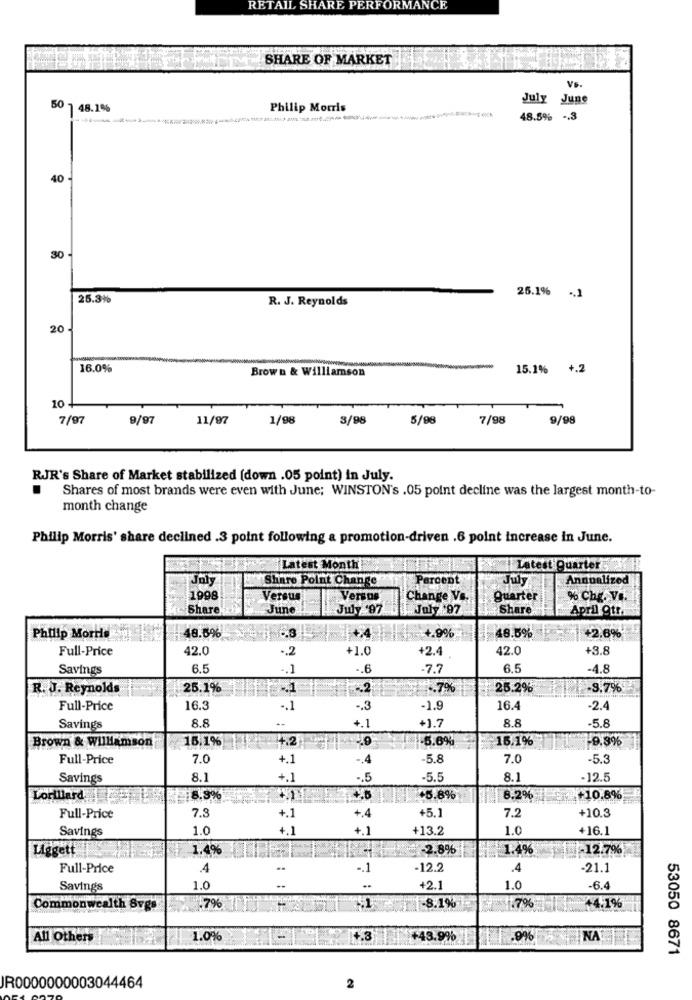
RETAIL SHARE PERFORMANCE
SHARE OF MARKET
Vs.
July June
50
48.1%
Philip Morris
-----
48.5% -. 3
40
30
25.1% ., 1
25.3%
R. J. Reynolds
20
16.0%
Brown & Williamson
15.1% +.2
10
7/97
9/97
11/97
1/98
3/98
5/98
7/98
9/98
RJR's Share of Market stabilized [down .05 point) in July.
.
Shares of most brands were even with June; WINSTON's .05 point decline was the largest month-to-
month change
Philip Morris' share declined .3 point following a promotion-driven .6 point increase in June.
Latest Month
Latest Quarter
Joly
Share Point Change
Percent
Annualized
1998
Versus
Versos
Change Vs.
Quarter
% Che. Vi.
Share
June
July '97
July 97
Share.
April Otr.
48.6%
+4
+.9%
48.5%
+2.6%
Philip Morris
Full-Price
42.0
-. 2
+1.0
+2.4
42.0
+3.8
Savings
6.5
.. 6
.7.7
6.5
-4.8
R. J. Reynolds
25.1%
-. 2
.7%
25.2%
-9,7%
Full-Price
16.3
-. 1
.. 3
-1.9
16.4
-2.4
8.8
8.8
Savings
+.1
+1.7
5.8
Brown & Williamson
16,1%
-5.6%
16.1%
-9.8%
4.2
Full-Price
7.0
+.1
-. 4
-5.8
7.0
-5.3
Savings
8.1
+.1
-. 5
-5.5
8.1
-12.5
Lorillard
8.9%
+5.8%
8.2%
10.8%
Full-Price
7.3
+.1
+.4
+5.1
7.2
+10.3
Savings
1.0
+.1
+.1
+13.2
1.0
+16.1
Liggett
1.4%
-2.8%
1.4%
12.7%
Full-Price
.4
.. 1
-12.2
.4
-21.1
Savings
1.0
+2.1
1.0
-6.4
Commonwealth Svgs
.7%
-8.1%
1.7%
+4.1%
All Others
1.0%
4.3
+43.99%
9%
NA
53050 8671
JR0000000003044464
2